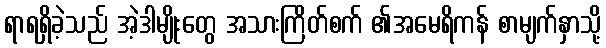
ရာရရှိခဲ့သည် အဲ့ဒါမျိုးတွေ အသားကြိတ်စက် ၏အမေရိကန် စာမျက်နှာသို့